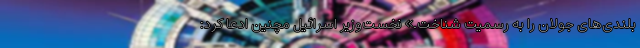
بلندی‌های جولان را به رسمیت شناخت.» نخست‌وزیر اسرائیل مچنین ادعا کرد: